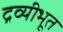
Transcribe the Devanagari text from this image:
द्रव्यीभूत